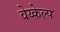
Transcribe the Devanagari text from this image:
वेय्केल्प